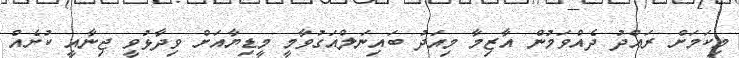
މިކަމަށް ރައްދު ދެއްވަމުން އާޒިމާ މިއަދު ބައިނަލްއަގުވާމީ މީޑިޔާއަށް ވިދާޅުވީ ޖިނާއީ ކުށެއް